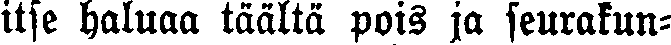
itse haluaa täältä pois ja seurakun-